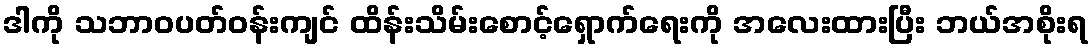
ဒါကို သဘာဝပတ်ဝန်းကျင် ထိန်းသိမ်းစောင့်ရှောက်ရေးကို အလေးထားပြီး ဘယ်အစိုးရ